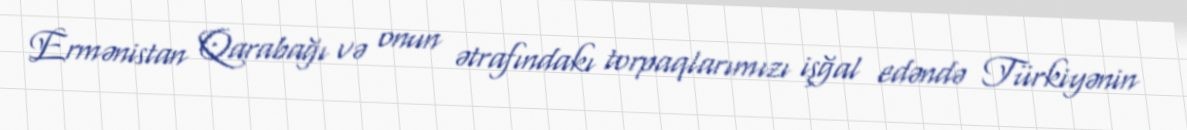
Ermənistan Qarabağı və onun ətrafındakı torpaqlarımızı işğal edəndə Türkiyənin